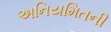
અનિયમિતની